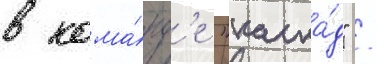
в кома́нд'е "каска́д" /